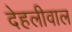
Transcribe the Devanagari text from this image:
देहलीवाल